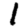
Digit: 1